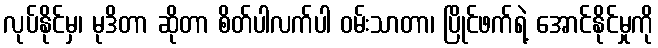
လုပ်နိုင်မှ၊ မုဒိတာ ဆိုတာ စိတ်ပါလက်ပါ ဝမ်းသာတာ၊ ပြိုင်ဖက်ရဲ့ အောင်နိုင်မှုကို